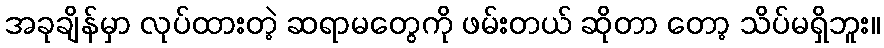
အခုချိန်မှာ လုပ်ထားတဲ့ ဆရာမတွေကို ဖမ်းတယ် ဆိုတာ တော့ သိပ်မရှိဘူး။